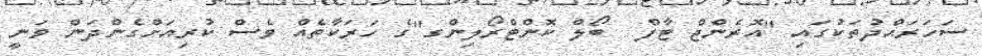
ސަހަރައްދުތަކުގައި "އޮރެންޖް ޓާފް  ބޯލް ކޮންޓްރޯލިންގ"ގެ ހަރަކާތެއް ވެސް ކުރިއަށްގެންދަން ވަނީ